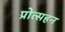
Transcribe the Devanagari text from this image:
प्रोत्सहन